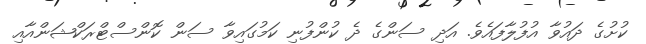
ކުށުގެ ދައުވާ އުފުލާފައެވެ. އަދި ސަންގެ ދެ ކުންފުނި ކަމުގައިވާ ސަން ކޮންސްޓްރަކްޝަންއާއި